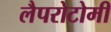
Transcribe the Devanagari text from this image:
लैपरोटोमी